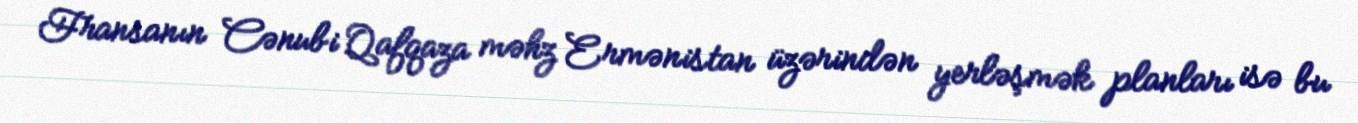
Fransanın Cənubi Qafqaza məhz Ermənistan üzərindən yerləşmək planları isə bu